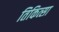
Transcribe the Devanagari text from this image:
तिकित्सा